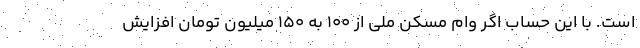
است. با این حساب اگر وام مسکن ملی از ۱۰۰ به ۱۵۰ میلیون تومان افزایش